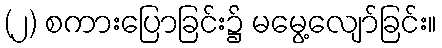
(၂) စကားပြောခြင်း၌ မမွေ့လျော်ခြင်း။